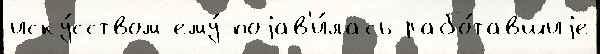
иску́сством ему́ поjав'и́лась рабо́тавшиjе